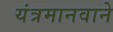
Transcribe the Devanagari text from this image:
यंत्रमानवाने